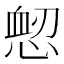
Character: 𢜷